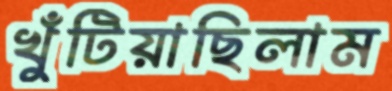
খুঁটিয়াছিলাম